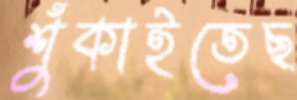
শুঁকাইতেছ